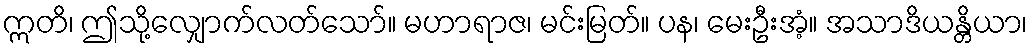
ဣတိ၊ ဤသို့လျှောက်လတ်သော်။ မဟာရာဇ၊ မင်းမြတ်။ ပန၊ မေးဦးအံ့။ အသာဒိယန္တိယာ၊